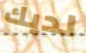
لديك